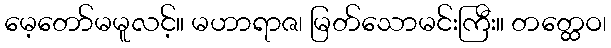
မေ့တော်မမူလင့်။ မဟာရာဇ၊ မြတ်သောမင်းကြီး။ တတ္ထေဝ၊